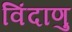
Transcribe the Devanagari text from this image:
विंदाणु